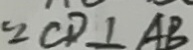
\because C D \bot A B